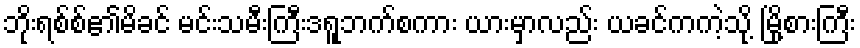
ဘိုးရစ်စ်၏မိခင် မင်းသမီးကြီးဒရူဘက်စကား ယားမှာလည်း ယခင်ကကဲ့သို့ မြို့စားကြီး